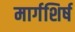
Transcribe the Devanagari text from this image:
मार्गशिर्ष